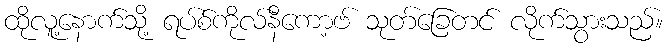
ထိုလူ့နောက်သို့ ရပ်စ်ကိုလ်နီကော့ဗ် သုတ်ခြေတင် လိုက်သွားသည်။